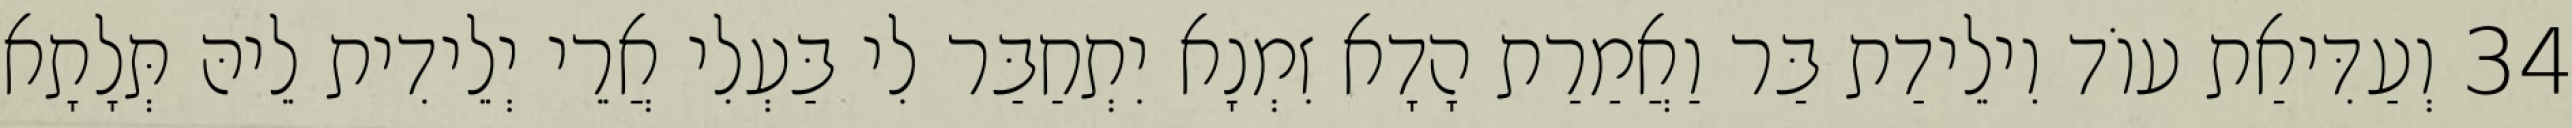
34 וְעַדִּיאַת עוֹד וִילֵידַת בַּר וַאֲמַרַת הָדָא זִמְנָא יִתְחַבַּר לִי בַּעְלִי אֲרֵי יְלֵידִית לֵיהּ תְּלָתָא